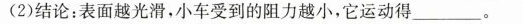
(2)结论：表面越光滑，小车受到的阻力越小，它运动得___。